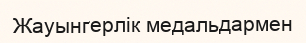
Жауынгерлік медальдармен